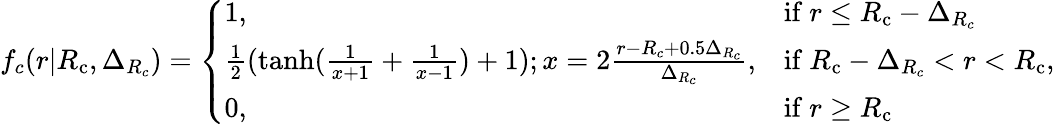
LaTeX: f_{c}(r|{R_{\mathrm{c}}},\Delta_{R_{c}})=\left\{ \begin{array}{ll}{1,}&{\mathrm{if~}r\leq{R_{\mathrm{c}}}-\Delta_{R_{c}}}\\ {\frac{1}{2}(\operatorname{tanh}(\frac{1}{x+1}+\frac{1}{x-1})+1);x=2\frac{r-R_{c}+0.5\Delta_{R_{c}}}{\Delta_{R_{c}}},}&{\mathrm{if~}{R_{\mathrm{c}}}-\Delta_{R_{c}}<r<{R_{\mathrm{c}}}}\\ {0,}&{\mathrm{if~}r\geq{R_{\mathrm{c}}}}\end{array}\right.\mathrm{,}